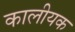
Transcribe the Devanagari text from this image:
कालीयक